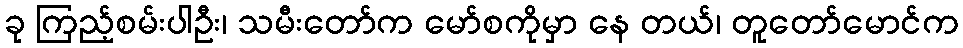
ခု ကြည့်စမ်းပါဦး၊ သမီးတော်က မော်စကိုမှာ နေ တယ်၊ တူတော်မောင်က